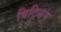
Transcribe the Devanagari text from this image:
यिट्रियम